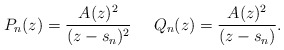
\begin{align*}P_n(z)=\frac{A(z)^2}{(z-s_n)^2} \,\,\,\, \,\,\,\, Q_n(z)=\frac{A(z)^2}{(z-s_n)}.\end{align*}